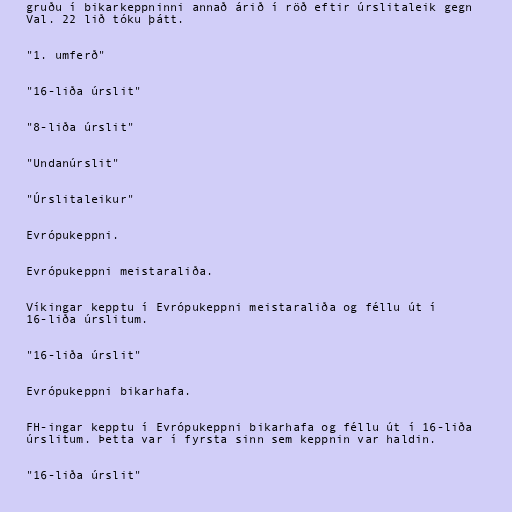
gruðu í bikarkeppninni annað árið í röð eftir úrslitaleik gegn
Val. 22 lið tóku þátt.

"1. umferð"

"16-liða úrslit"

"8-liða úrslit"

"Undanúrslit"

"Úrslitaleikur"

Evrópukeppni.

Evrópukeppni meistaraliða.

Víkingar kepptu í Evrópukeppni meistaraliða og féllu út í
16-liða úrslitum.

"16-liða úrslit"

Evrópukeppni bikarhafa.

FH-ingar kepptu í Evrópukeppni bikarhafa og féllu út í 16-liða
úrslitum. Þetta var í fyrsta sinn sem keppnin var haldin.

"16-liða úrslit"